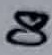
Text: 8